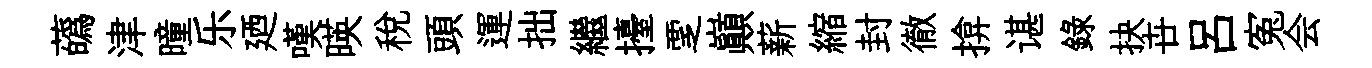
蘤津曈乐廼嘆暎稅頭運拙繼擡覂巔薪縮封徹揜谌錄抉卋吕寃会